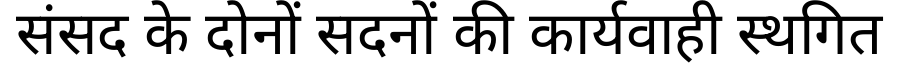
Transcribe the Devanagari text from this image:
संसद के दोनों सदनों की कार्यवाही स्थगित